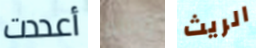
أعددت والألم الريث